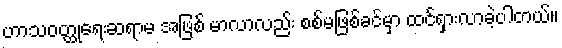
ဟာသဝတ္ထုရေးဆရာမ အဖြစ် မာလာလည်း စစ်မဖြစ်ခင်မှာ ထင်ရှားလာခဲ့ပါတယ်။